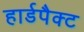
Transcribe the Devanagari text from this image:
हार्डपैक्ट